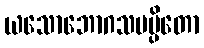
ယသောဘောဂသမပ္ပိတော